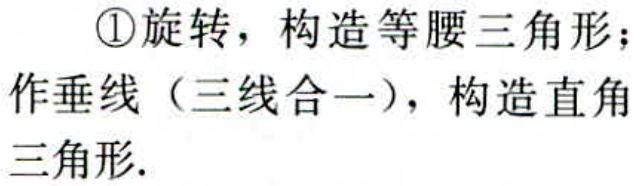
\textcircled{1}旋转，构造等腰三角形；

作垂线（三线合一），构造直角三角形.